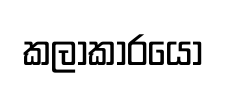
කලාකාරයො